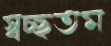
স্বচ্ছতম